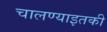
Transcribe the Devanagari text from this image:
चालण्याइतकी